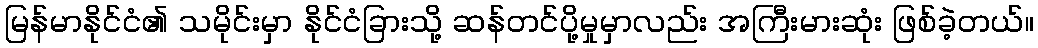
မြန်မာနိုင်ငံ၏ သမိုင်းမှာ နိုင်ငံခြားသို့ ဆန်တင်ပို့မှုမှာလည်း အကြီးမားဆုံး ဖြစ်ခဲ့တယ်။